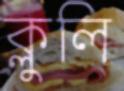
ক্লুলি